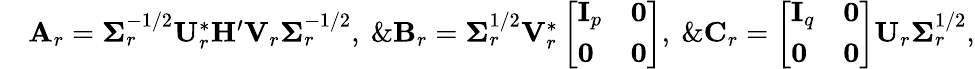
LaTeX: \begin{array}{rl}&{\mathbf{A}_{r}=\boldsymbol{\Sigma}_{r}^{-1/2}\mathbf{U}_{r}^{*}\mathbf{H}^{\prime}\mathbf{V}_{r}\boldsymbol{\Sigma}_{r}^{-1/2},\ \& \mathbf{B}_{r}=\boldsymbol{\Sigma}_{r}^{1/2}\mathbf{V}_{r}^{*}\left[\begin{array}{ll}{\mathbf{I}_{p}}&{\mathbf{0}}\\ {\mathbf{0}}&{\mathbf{0}}\end{array}\right],\ \& \mathbf{C}_{r}=\left[\begin{array}{ll}{\mathbf{I}_{q}}&{\mathbf{0}}\\ {\mathbf{0}}&{\mathbf{0}}\end{array}\right]\mathbf{U}_{r}\boldsymbol{\Sigma}_{r}^{1/2},}\end{array}